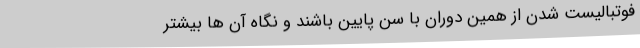
فوتبالیست شدن از همین دوران با سن پایین باشند و نگاه آن ها بیشتر